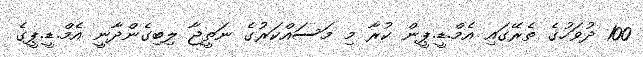
100 ދުވަހުގެ ތެރޭގައި އެމް.ޑީ.ޕީން ކުރާ މި މަސައްކަރުގެ ނަތީޖާ ލިބިގެންދާނީ އެމް.ޑީ.ޕީގެ